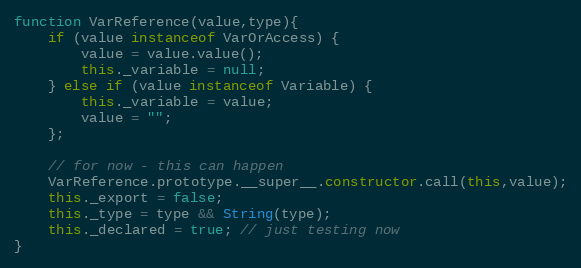
Language: JavaScript
function VarReference(value,type){
	if (value instanceof VarOrAccess) {
		value = value.value();
		this._variable = null;
	} else if (value instanceof Variable) {
		this._variable = value;
		value = "";
	};

	// for now - this can happen
	VarReference.prototype.__super__.constructor.call(this,value);
	this._export = false;
	this._type = type && String(type);
	this._declared = true; // just testing now
}